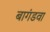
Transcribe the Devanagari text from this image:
बागंडवा